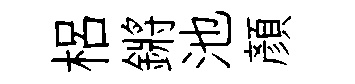
梠鏘池顔